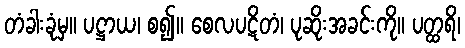
တံခါးခုံမှ။ ပဋ္ဌာယ၊ စ၍။ စေလပဋိတံ၊ ပုဆိုးအခင်းကို။ ပတ္ထရိ၊